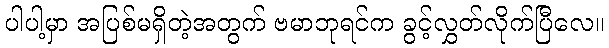
ပါပါ့မှာ အပြစ်မရှိတဲ့အတွက် ဗမာဘုရင်က ခွင့်လွှတ်လိုက်ပြီလေ။